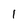
Character: 1